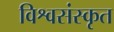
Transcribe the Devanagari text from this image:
विश्वसंस्कृत